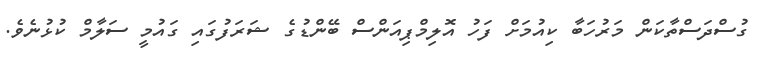
ގުސްދަސްތާކަން މަރުހަބާ ކިއުމަށް ފަހު އޮލިމްޕިއަންސް ބޭންޑުގެ ޝަރަފުގައި ގައުމީ ސަލާމް ކުޅުނެވެ.